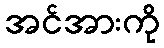
အင်အားကို